Report of the Municipal Commissioner on the plague in Bombay for the year ending 31st May... - Volume 3
Disease focus: Plague
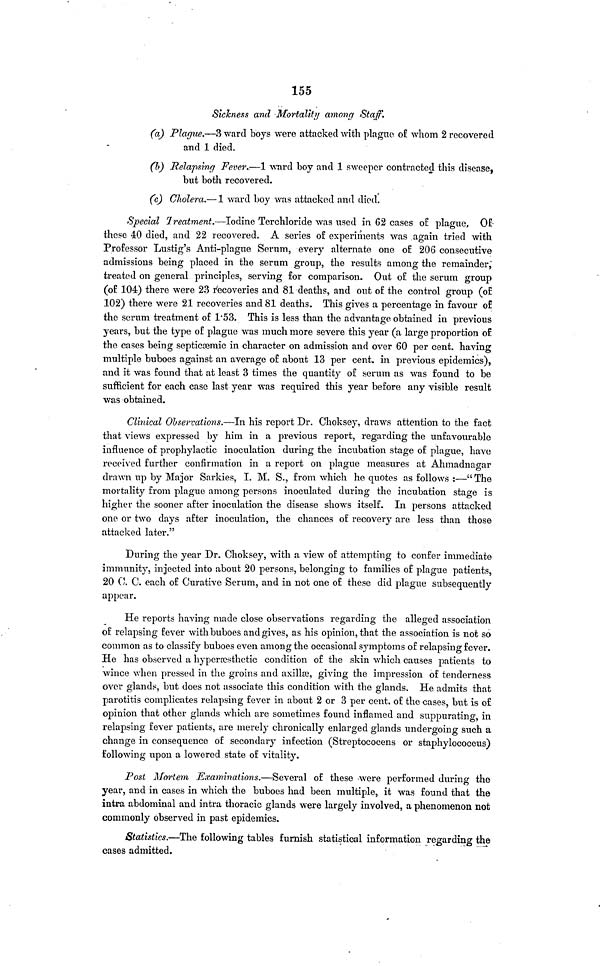
155
Sickness and Mortality among Staff.
(a) Plague.—3 ward boys were attacked with plague of whom 2 recovered
and 1 died.
(b) Relapsing Fever.—1 ward boy and 1 sweeper contracted this disease,
but both recovered.
(c) Cholera.—1 ward boy was attacked and died.
Special Treatment.—Iodine Terchloride was used in 62 cases of plague, Of
these 40 died, and 22 recovered. A series of experiments was again tried with
Professor Lustig's Anti-plague Serum, every alternate one of 206 consecutive
admissions being placed in the serum group, the results among the remainder,
treated on general principles, serving for comparison. Out of the serum group
(of 104) there were 23 recoveries and 81 deaths, and out of the control group (of
102) there were 21 recoveries and 81 deaths. This gives a percentage in favour of
the serum treatment of 1·53. This is less than the advantage obtained in previous
years, but the type of plague was much more severe this year (a large proportion of
the cases being septicœmic in character on admission and over 60 per cent. having
multiple buboes against an average of about 13 per cent. in previous epidemics),
and it was found that at least 3 times the quantity of serum as was found to be
sufficient for each case last year was required this year before any visible result
was obtained.
Clinical Observations.—In his report Dr. Choksey, draws attention to the fact
that views expressed by him in a previous report, regarding the unfavourable
influence of prophylactic inoculation during the incubation stage of plague, have
received further confirmation in a report on plague measures at Ahmadnagar
drawn up by Major Sarkies, I. M. S., from which he quotes as follows :—"The
mortality from plague among persons inoculated during the incubation stage is
higher the sooner after inoculation the disease shows itself. In persons attacked
one or two days after inoculation, the chances of recovery are less than those
attacked later."
During the year Dr. Choksey, with a view of attempting to confer immediate
immunity, injected into about 20 persons, belonging to families of plague patients,
20 C. C. each of Curative Serum, and in not one of these did plague subsequently
appear.
He reports having made close observations regarding the alleged association
of relapsing fever with buboes and gives, as his opinion, that the association is not so
common as to classify buboes even among the occasional symptoms of relapsing fever.
He has observed a hyperaesthetic condition of the skin which causes patients to
wince when pressed in the groins and axillse, giving the impression of tenderness
over glands, but does not associate this condition with the glands. He admits that
parotitis complicates relapsing fever in about 2 or 3 per cent. of the cases, but is of
opinion that other glands which are sometimes found inflamed and suppurating, in
relapsing fever patients, are merely chronically enlarged glands undergoing such a
change in consequence of secondary infection (Streptococens or staphylococeus)
following upon a lowered state of vitality.
Post Mortem Examinations.—Several of these were performed during the
year, and in cases in which the buboes had been multiple, it was found that the
intra abdominal and intra thoracic glands were largely involved, a phenomenon not
commonly observed in past epidemics.
Statistics.—The following tables furnish statistical information regarding the
cases admitted.